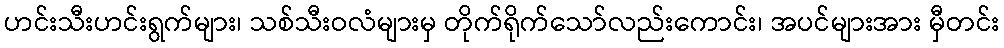
ဟင်းသီးဟင်းရွက်များ၊ သစ်သီးဝလံများမှ တိုက်ရိုက်သော်လည်းကောင်း၊ အပင်များအား မှီတင်း